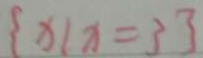
\{ x \vert x = 3 \}